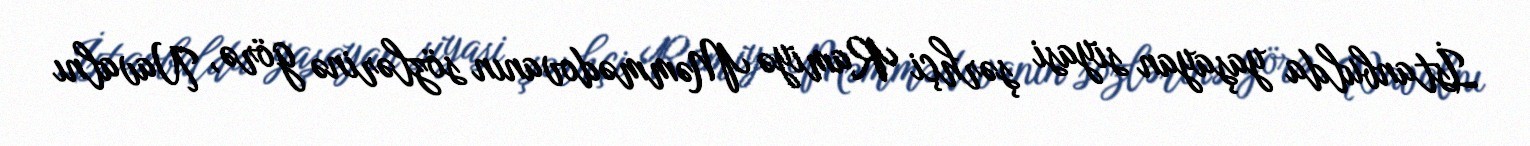
İstanbulda yaşayan siyasi şərhçi Ramiyə Məmmədovanın sözlərinə görə, Navalnı